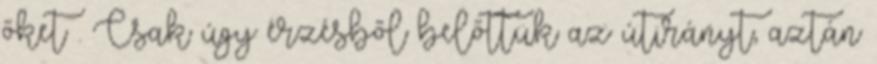
őket . Csak úgy érzésből belőttük az útirányt, aztán